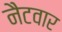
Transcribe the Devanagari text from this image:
नैटवार